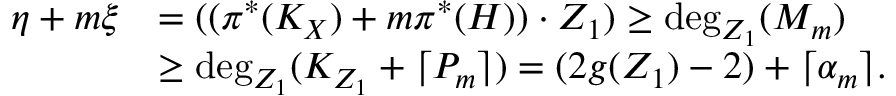
\begin{array} { r l } { \eta + m \xi } & { = ( ( { \pi ^ { * } ( K _ { X } ) } + m \pi ^ { * } ( H ) ) \cdot Z _ { 1 } ) \geq \mathrm { d e g } _ { Z _ { 1 } } ( M _ { m } ) } \\ & { \geq \mathrm { d e g } _ { Z _ { 1 } } ( K _ { Z _ { 1 } } + \lceil P _ { m } \rceil ) = ( 2 g ( Z _ { 1 } ) - 2 ) + \lceil { \alpha _ { m } } \rceil . } \end{array}